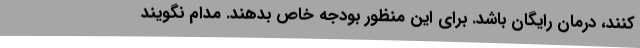
کنند، درمان رایگان باشد. برای این منظور بودجه خاص بدهند. مدام نگویند